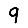
Digit: 9